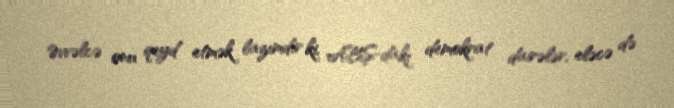
Əvvəlcə onu qeyd etmək lazımdır ki, ABŞ-dakı demokrat dairələr, eləcə də